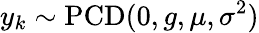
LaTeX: y_{k}\sim\operatorname{PCD}(0,g,\mu,\sigma^{2})